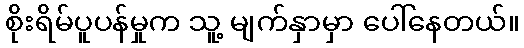
စိုးရိမ်ပူပန်မှုက သူ့ မျက်နှာမှာ ပေါ်နေတယ်။